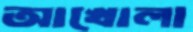
আখোলা